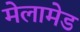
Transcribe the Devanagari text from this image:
मेलामेड